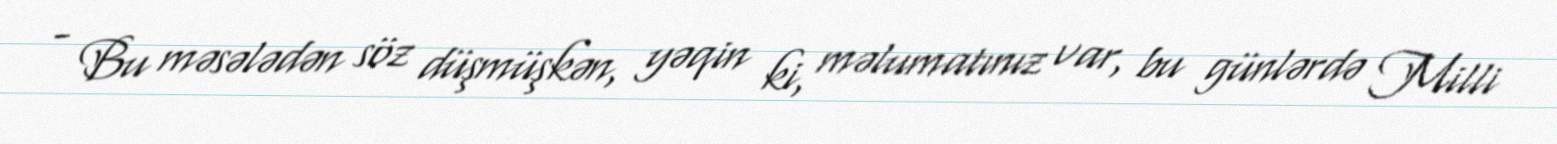
- Bu məsələdən söz düşmüşkən, yəqin ki, məlumatınız var, bu günlərdə Milli